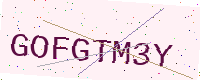
Text: GOFGTM3Y